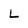
Character: L